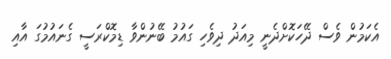
އެކަމުން ވެސް ދޭހަކޮށްދެނީ މިއަދު ދިވެހި ގައުމު ބޭނުންވާ ޑިމޮކްރަސީ ގެނައުމުގަ އާއި